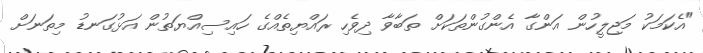
"އެކަމަކު މަޖިލީހުން އަންގާ އެންގުންތަކަށް ތަބާވާ ދިވެހި ރައްޔިތެއްގެ ހައިސިއްޔަތުން އަޅުގަނޑު މިތަނަށް